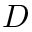
D